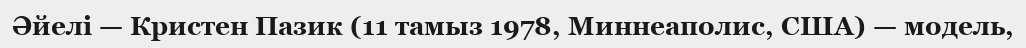
Әйелі — Кристен Пазик (11 тамыз 1978, Миннеаполис, США) — модель,